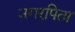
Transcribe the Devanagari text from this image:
नगरपिता